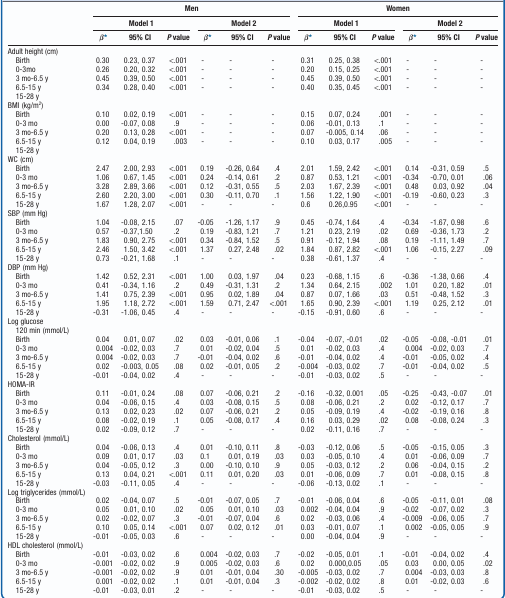
<table><thead><tr><td rowspan="3"></td><td colspan="6"><b>Men</b></td><td colspan="6"><b>Women</b></td></tr><tr><td colspan="3"><b>Model 1</b></td><td colspan="3"><b>Model 2</b></td><td colspan="3"><b>Model 1</b></td><td colspan="3"><b>Model 2</b></td></tr><tr><td><b>β*</b></td><td><b>95% CI</b></td><td><b><i>P</i> value</b></td><td><b>β*</b></td><td><b>95% CI</b></td><td><b><i>P</i> value</b></td><td><b>β*</b></td><td><b>95% CI</b></td><td><b><i>P</i> value</b></td><td><b>β*</b></td><td><b>95% CI</b></td><td><b><i>P</i> value</b></td></tr></thead><tbody><tr><td>Adult height (cm)</td><td></td><td></td><td></td><td></td><td></td><td></td><td></td><td></td><td></td><td></td><td></td><td></td></tr><tr><td> Birth</td><td>0.30</td><td>0.23,0.37</td><td>&lt;.001</td><td>-</td><td>-</td><td>-</td><td>0.31</td><td>0.25,0.38</td><td>&lt;.001</td><td>-</td><td>-</td><td>-</td></tr><tr><td> 0-3mo</td><td>0.26</td><td>0.20,0.32</td><td>&lt;.001</td><td>-</td><td>-</td><td>-</td><td>0.20</td><td>0.15,0.25</td><td>&lt;.001</td><td>-</td><td>-</td><td>-</td></tr><tr><td> 3 mo-6.5 y</td><td>0.45</td><td>0.39,0.50</td><td>&lt;.001</td><td>-</td><td>-</td><td>-</td><td>0.45</td><td>0.39,0.50</td><td>&lt;.001</td><td>-</td><td>-</td><td>-</td></tr><tr><td> 6.5-15 y</td><td>0.34</td><td>0.28,0.40</td><td>&lt;.001</td><td>-</td><td>-</td><td>-</td><td>0.40</td><td>0.35,0.45</td><td>&lt;.001</td><td>-</td><td>-</td><td>-</td></tr><tr><td> 15-28 y</td><td></td><td></td><td></td><td></td><td></td><td></td><td></td><td></td><td></td><td></td><td></td><td></td></tr><tr><td>BMI(kg/m<sup>2</sup>)</td><td></td><td></td><td></td><td></td><td></td><td></td><td></td><td></td><td></td><td></td><td></td><td></td></tr><tr><td> Birth</td><td>0.10</td><td>0.02,0.19</td><td>&lt;.001</td><td>-</td><td>-</td><td>-</td><td>0.15</td><td>0.07,0.24</td><td>.001</td><td>-</td><td>-</td><td>-</td></tr><tr><td> 0-3 mo</td><td>0.00</td><td>-0.07,0.08</td><td>.9</td><td>-</td><td>-</td><td>-</td><td>0.06</td><td>-0.01,0.13</td><td>.1</td><td>-</td><td>-</td><td>-</td></tr><tr><td> 3 mo-6.5 y</td><td>0.20</td><td>0.13,0.28</td><td>&lt;.001</td><td>-</td><td>-</td><td>-</td><td>0.07</td><td>-0.005,0.14</td><td>.06</td><td>-</td><td>-</td><td>-</td></tr><tr><td> 6.5-15 y</td><td>0.12</td><td>0.04,0.19</td><td>.003</td><td>-</td><td>-</td><td>-</td><td>0.10</td><td>0.03,0.17</td><td>.005</td><td>-</td><td>-</td><td>-</td></tr><tr><td> 15-28 y</td><td></td><td></td><td></td><td></td><td></td><td></td><td></td><td></td><td></td><td></td><td></td><td></td></tr><tr><td>WC(cm)</td><td></td><td></td><td></td><td></td><td></td><td></td><td></td><td></td><td></td><td></td><td></td><td></td></tr><tr><td> Birth</td><td>2.47</td><td>2.00,2.93</td><td>&lt;.001</td><td>0.19</td><td>-0.26,0.64</td><td>.4</td><td>2.01</td><td>1.59,2.42</td><td>&lt;.001</td><td>0.14</td><td>-0.31,0.59</td><td>.5</td></tr><tr><td> 0-3 mo</td><td>1.06</td><td>0.67,1.45</td><td>&lt;.001</td><td>0.24</td><td>-0.14,0.61</td><td>.2</td><td>0.87</td><td>0.53,1.21</td><td>&lt;.001</td><td>-0.34</td><td>-0.70,0.01</td><td>.06</td></tr><tr><td> 3 mo-6.5 y</td><td>3.28</td><td>2.89,3.66</td><td>&lt;.001</td><td>0.12</td><td>-0.31,0.55</td><td>.5</td><td>2.03</td><td>1.67,2.39</td><td>&lt;.001</td><td>0.48</td><td>0.03,0.92</td><td>.04</td></tr><tr><td> 6.5-15 y</td><td>2.60</td><td>2.20,3.00</td><td>&lt;.001</td><td>0.30</td><td>-0.11,0.70</td><td>.1</td><td>1.56</td><td>1.22,1.90</td><td>&lt;.001</td><td>-0.19</td><td>-0.60,0.23</td><td>.3</td></tr><tr><td> 15-28 y</td><td>1.67</td><td>1.28,2.07</td><td>&lt;.001</td><td>-</td><td>-</td><td>-</td><td>0.6</td><td>0.26,0.95</td><td>&lt;.001</td><td>-</td><td>-</td><td>-</td></tr><tr><td>SBP(mm Hg)</td><td></td><td></td><td></td><td></td><td></td><td></td><td></td><td></td><td></td><td></td><td></td><td></td></tr><tr><td> Birth</td><td>1.04</td><td>-0.08,2.15</td><td>.07</td><td>-0.05</td><td>-1.26,1.17</td><td>.9</td><td>0.45</td><td>-0.74,1.64</td><td>.4</td><td>-0.34</td><td>-1.67,0.98</td><td>.6</td></tr><tr><td> 0-3 mo</td><td>0.57</td><td>-0.37,1.50</td><td>.2</td><td>0.19</td><td>-0.83,1.21</td><td>.7</td><td>1.21</td><td>0.23,2.19</td><td>.02</td><td>0.69</td><td>-0.36,1.73</td><td>.2</td></tr><tr><td> 3 mo-6.5 y</td><td>1.83</td><td>0.90,2.75</td><td>&lt;.001</td><td>0.34</td><td>-0.84,1.52</td><td>.5</td><td>0.91</td><td>-0.12,1.94</td><td>.08</td><td>0.19</td><td>-1.11,1.49</td><td>.7</td></tr><tr><td> 6.5-15 y</td><td>2.46</td><td>1.50,3.42</td><td>&lt;.001</td><td>1.37</td><td>0.27,2.48</td><td>.02</td><td>1.84</td><td>0.87,2.82</td><td>&lt;.001</td><td>1.06</td><td>-0.15,2.27</td><td>.09</td></tr><tr><td> 15-28 y</td><td>0.73</td><td>-0.21,1.68</td><td>.1</td><td>-</td><td>-</td><td>-</td><td>0.38</td><td>-0.61,1.37</td><td>.4</td><td>-</td><td>-</td><td>-</td></tr><tr><td>DBP(mm Hg)</td><td></td><td></td><td></td><td></td><td></td><td></td><td></td><td></td><td></td><td></td><td></td><td></td></tr><tr><td> Birth</td><td>1.42</td><td>0.52,2.31</td><td>&lt;.001</td><td>1.00</td><td>0.03,1.97</td><td>.04</td><td>0.23</td><td>-0.68,1.15</td><td>.6</td><td>-0.36</td><td>-1.38,0.66</td><td>.4</td></tr><tr><td> 0-3 mo</td><td>0.41</td><td>-0.34,1.16</td><td>.2</td><td>0.49</td><td>-0.31,1.31</td><td>.2</td><td>1.34</td><td>0.64,2.15</td><td>.002</td><td>1.01</td><td>0.20,1.82</td><td>.01</td></tr><tr><td> 3 mo-6.5 y</td><td>1.41</td><td>0.75,2.39</td><td>&lt;.001</td><td>0.95</td><td>0.02,1.89</td><td>.04</td><td>0.87</td><td>0.07,1.66</td><td>.03</td><td>0.51</td><td>-0.48,1.52</td><td>.3</td></tr><tr><td> 6.5-15 y</td><td>1.95</td><td>1.18,2.72</td><td>&lt;.001</td><td>1.59</td><td>0.71,2.47</td><td>&lt;.001</td><td>1.65</td><td>0.90,2.39</td><td>&lt;.001</td><td>1.19</td><td>0.25,2.12</td><td>.01</td></tr><tr><td> 15-28 y</td><td>-0.31</td><td>-1.06,0.45</td><td>.4</td><td>-</td><td>-</td><td>-</td><td>-0.15</td><td>-0.91,0.60</td><td>.6</td><td>-</td><td>-</td><td>-</td></tr><tr><td>Log glucose 120 min(mmol/L)</td><td></td><td></td><td></td><td></td><td></td><td></td><td></td><td></td><td></td><td></td><td></td><td></td></tr><tr><td> Birth</td><td>0.04</td><td>0.01,0.07</td><td>.02</td><td>0.03</td><td>-0.01,0.06</td><td>.1</td><td>-0.04</td><td>-0.07,-0.01</td><td>.02</td><td>-0.05</td><td>-0.08,-0.01</td><td>.01</td></tr><tr><td> 0-3 mo</td><td>0.004</td><td>-0.02,0.03</td><td>.7</td><td>0.01</td><td>-0.02,0.04</td><td>.5</td><td>0.01</td><td>-0.02,0.03</td><td>.4</td><td>0.004</td><td>-0.02,0.03</td><td>.7</td></tr><tr><td> 3 mo-6.5 y</td><td>0.004</td><td>-0.02,0.03</td><td>.7</td><td>-0.01</td><td>-0.04,0.02</td><td>.6</td><td>-0.01</td><td>-0.04,0.02</td><td>.4</td><td>-0.01</td><td>-0.05,0.02</td><td>.4</td></tr><tr><td> 6.5-15 y</td><td>0.02</td><td>-0.003,0.05</td><td>.08</td><td>0.02</td><td>-0.01,0.05</td><td>.2</td><td>-0.004</td><td>-0.03,0.02</td><td>.7</td><td>-0.01</td><td>-0.04,0.02</td><td>.5</td></tr><tr><td> 15-28 y</td><td>-0.01</td><td>-0.04,0.02</td><td>.4</td><td>-</td><td>-</td><td>-</td><td>-0.01</td><td>-0.03,0.02</td><td>.5</td><td>-</td><td>-</td><td>-</td></tr><tr><td>HOMA-IR</td><td></td><td></td><td></td><td></td><td></td><td></td><td></td><td></td><td></td><td></td><td></td><td></td></tr><tr><td> Birth</td><td>0.11</td><td>-0.01,0.24</td><td>.08</td><td>0.07</td><td>-0.06,0.21</td><td>.2</td><td>-0.16</td><td>-0.32,0.001</td><td>.05</td><td>-0.25</td><td>-0.43,-0.07</td><td>.01</td></tr><tr><td> 0-3 mo</td><td>0.04</td><td>-0.06,0.15</td><td>.4</td><td>0.03</td><td>-0.08,0.15</td><td>.5</td><td>0.08</td><td>-0.06,0.21</td><td>.2</td><td>0.02</td><td>-0.12,0.17</td><td>.7</td></tr><tr><td> 3 mo-6.5 y</td><td>0.13</td><td>0.02,0.23</td><td>.02</td><td>0.07</td><td>-0.06,0.21</td><td>.2</td><td>0.05</td><td>-0.09,0.19</td><td>.4</td><td>-0.02</td><td>-0.19,0.16</td><td>.8</td></tr><tr><td> 6.5-15 y</td><td>0.08</td><td>-0.02,0.19</td><td>.1</td><td>0.05</td><td>-0.08,0.17</td><td>.4</td><td>0.16</td><td>0.03,0.29</td><td>.02</td><td>0.08</td><td>-0.08,0.24</td><td>.3</td></tr><tr><td> 15-28 y</td><td>0.02</td><td>-0.09,0.12</td><td>.7</td><td>-</td><td>-</td><td>-</td><td>0.02</td><td>-0.11,0.16</td><td>.7</td><td>-</td><td>-</td><td>-</td></tr><tr><td>Cholesterol(mmol/L)</td><td></td><td></td><td></td><td></td><td></td><td></td><td></td><td></td><td></td><td></td><td></td><td></td></tr><tr><td> Birth</td><td>0.04</td><td>-0.06,0.13</td><td>.4</td><td>0.01</td><td>-0.10,0.11</td><td>.8</td><td>-0.03</td><td>-0.12,0.06</td><td>.5</td><td>-0.05</td><td>-0.15,0.05</td><td>.3</td></tr><tr><td> 0-3 mo</td><td>0.09</td><td>0.01,0.17</td><td>.03</td><td>0.1</td><td>0.01,0.19</td><td>.03</td><td>0.03</td><td>-0.05,0.10</td><td>.4</td><td>0.01</td><td>-0.06,0.09</td><td>.7</td></tr><tr><td> 3 mo-6.5 y</td><td>0.04</td><td>-0.05,0.12</td><td>.3</td><td>0.00</td><td>-0.10,0.10</td><td>.9</td><td>0.05</td><td>-0.03,0.12</td><td>.2</td><td>0.06</td><td>-0.04,0.15</td><td>.2</td></tr><tr><td> 6.5-15 y</td><td>0.13</td><td>0.04,0.21</td><td>&lt;.001</td><td>0.11</td><td>0.01,0.20</td><td>.03</td><td>0.01</td><td>-0.06,0.09</td><td>.7</td><td>0.01</td><td>-0.08,0.15</td><td>.8</td></tr><tr><td> 15-28 y</td><td>-0.03</td><td>-0.11,0.05</td><td>.4</td><td>-</td><td>-</td><td>-</td><td>-0.06</td><td>-0.13,0.02</td><td>.1</td><td>-</td><td>-</td><td>-</td></tr><tr><td>Log triglycerides(mmol/L)</td><td></td><td></td><td></td><td></td><td></td><td></td><td></td><td></td><td></td><td></td><td></td><td></td></tr><tr><td> Birth</td><td>0.02</td><td>-0.04,0.07</td><td>.5</td><td>-0.01</td><td>-0.07,0.05</td><td>.7</td><td>-0.01</td><td>-0.06,0.04</td><td>.6</td><td>-0.05</td><td>-0.11,0.01</td><td>.08</td></tr><tr><td> 0-3 mo</td><td>0.05</td><td>0.01,0.10</td><td>.02</td><td>0.05</td><td>0.01,0.10</td><td>.03</td><td>0.002</td><td>-0.04,0.04</td><td>.9</td><td>-0.02</td><td>-0.07,0.02</td><td>.3</td></tr><tr><td> 3 mo-6.5 y</td><td>0.02</td><td>-0.02,0.07</td><td>.3</td><td>-0.01</td><td>-0.07,0.04</td><td>.6</td><td>0.02</td><td>-0.03,0.06</td><td>.4</td><td>-0.009</td><td>-0.06,0.05</td><td>.7</td></tr><tr><td> 6.5-15 y</td><td>0.10</td><td>0.05,0.14</td><td>&lt;.001</td><td>0.07</td><td>0.02,0.12</td><td>.01</td><td>0.03</td><td>-0.01,0.07</td><td>.1</td><td>0.002</td><td>-0.05,0.05</td><td>.9</td></tr><tr><td> 15-28 y</td><td>-0.01</td><td>-0.05,0.03</td><td>.6</td><td>-</td><td>-</td><td>-</td><td>0.00</td><td>-0.04,0.04</td><td>.9</td><td>-</td><td>-</td><td>-</td></tr><tr><td>HDL cholesterol(mmol/L)</td><td></td><td></td><td></td><td></td><td></td><td></td><td></td><td></td><td></td><td></td><td></td><td></td></tr><tr><td> Birth</td><td>-0.01</td><td>-0.03,0.02</td><td>.6</td><td>0.004</td><td>-0.02,0.03</td><td>.7</td><td>-0.02</td><td>-0.05,0.01</td><td>.1</td><td>-0.01</td><td>-0.04,0.02</td><td>.4</td></tr><tr><td> 0-3 mo</td><td>-0.001</td><td>-0.02,0.02</td><td>.9</td><td>0.005</td><td>-0.02,0.03</td><td>.6</td><td>0.02</td><td>0.000,0.05</td><td>.05</td><td>0.03</td><td>0.00,0.05</td><td>.02</td></tr><tr><td> 3 mo-6.5 y</td><td>-0.001</td><td>-0.02,0.02</td><td>.9</td><td>0.01</td><td>-0.01,0.04</td><td>.30</td><td>-0.005</td><td>-0.03,0.02</td><td>.7</td><td>0.004</td><td>-0.03,0.03</td><td>.8</td></tr><tr><td> 6.5-15 y</td><td>0.001</td><td>-0.02,0.02</td><td>.1</td><td>0.01</td><td>-0.01,0.04</td><td>.3</td><td>-0.002</td><td>-0.02,0.02</td><td>.8</td><td>0.01</td><td>-0.02,0.03</td><td>.6</td></tr><tr><td> 15-28 y</td><td>-0.01</td><td>-0.03,0.01</td><td>.2</td><td>-</td><td>-</td><td>-</td><td>-0.01</td><td>-0.03,0.02</td><td>.5</td><td>-</td><td>-</td><td>-</td></tr></tbody></table>